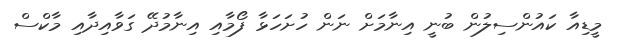
މީޑިއާ ކައުންސިލުން ބުނީ އިނާމަށް ނަން ހުށަހަޅާ ފޯމާއި އިނާމުދޭ ގަވާއިދާއި މާކްސް